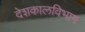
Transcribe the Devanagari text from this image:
देशकालविभाग